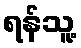
ရန်သူ့